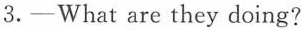
3.-What are they doing?